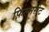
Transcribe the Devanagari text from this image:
फ़िल्मसेट